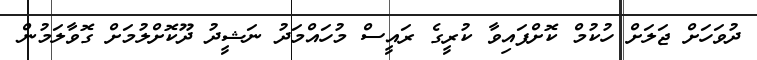
ދުވަހަށް ޖަލަށް ހުކުމް ކޮށްފައިވާ ކުރީގެ ރައީސް މުހައްމަދު ނަޝީދު ދޫކޮށްލުމަށް ގޮވާލަމުން